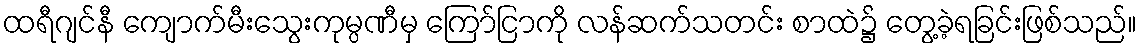
ထရီဂျင်နီ ကျောက်မီးသွေးကုမ္ပဏီမှ ကြော်ငြာကို လန်ဆက်သတင်း စာထဲ၌ တွေ့ခဲ့ရခြင်းဖြစ်သည်။